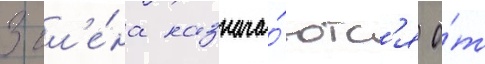
3 чл'е́на назнача́ютс'я о́т